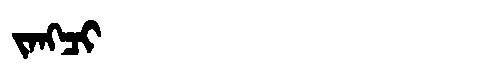
Manchu: ᠵᠠᠩᠴᡳ
Romanization: JANGCI